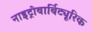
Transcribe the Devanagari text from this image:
नाइट्रोबार्बिट्यूरिक